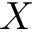
X